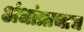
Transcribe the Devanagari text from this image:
अंधांत्राचाच